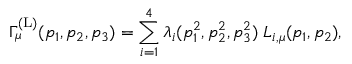
\Gamma _ { \mu } ^ { ( \mathrm { L } ) } ( p _ { 1 } , p _ { 2 } , p _ { 3 } ) = \sum _ { i = 1 } ^ { 4 } \lambda _ { i } ( p _ { 1 } ^ { 2 } , p _ { 2 } ^ { 2 } , p _ { 3 } ^ { 2 } ) \; L _ { i , \mu } ( p _ { 1 } , p _ { 2 } ) ,